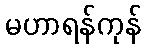
မဟာရန်ကုန်